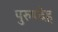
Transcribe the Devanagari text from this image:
पुरुषदेह